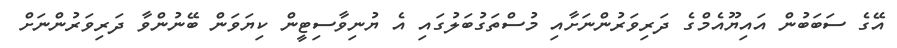
އޭގެ ސަބަބުން އައިޔޫއެމްގެ ދަރިވަރުންނަށާއި މުސްތަގުބަލުގައި އެ ޔުނިވާސިޓީން ކިޔަވަން ބޭނުންވާ ދަރިވަރުންނަށް